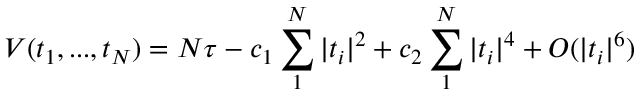
V ( t _ { 1 } , . . . , t _ { N } ) = N \tau - c _ { 1 } \sum _ { 1 } ^ { N } | t _ { i } | ^ { 2 } + c _ { 2 } \sum _ { 1 } ^ { N } | t _ { i } | ^ { 4 } + { \cal { O } } ( | t _ { i } | ^ { 6 } )